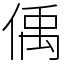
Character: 偊